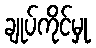
ချုပ်ကိုင်မှု